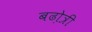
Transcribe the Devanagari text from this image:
बढो़त्री